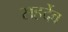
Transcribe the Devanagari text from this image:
सहर्देव